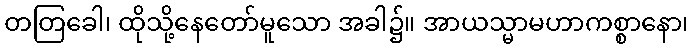
တတြခေါ၊ ထိုသို့နေတော်မူသော အခါ၌။ အာယသ္မာမဟာကစ္စာနော၊